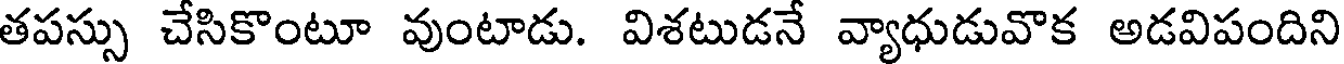
తపస్సు చేసికొంటూ వుంటాడు. విశటుడనే వ్యాధుడువొక అడవిపందిని